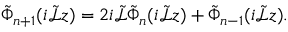
\tilde { \Phi } _ { n + 1 } ( i \tilde { \mathcal { L } } z ) = 2 i \tilde { \mathcal { L } } \tilde { \Phi } _ { n } ( i \tilde { \mathcal { L } } z ) + \tilde { \Phi } _ { n - 1 } ( i \tilde { \mathcal { L } } z ) .